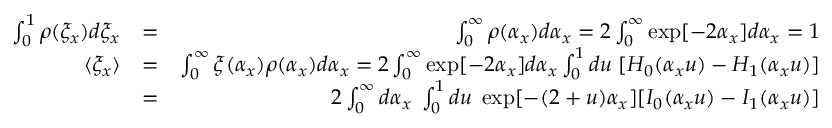
\begin{array} { r l r } { \int _ { 0 } ^ { 1 } \rho ( \xi _ { x } ) d \xi _ { x } } & { = } & { \int _ { 0 } ^ { \infty } \rho ( \alpha _ { x } ) d \alpha _ { x } = 2 \int _ { 0 } ^ { \infty } \exp [ - 2 \alpha _ { x } ] d \alpha _ { x } = 1 } \\ { \langle \xi _ { x } \rangle } & { = } & { \int _ { 0 } ^ { \infty } \xi ( \alpha _ { x } ) \rho ( \alpha _ { x } ) d \alpha _ { x } = 2 \int _ { 0 } ^ { \infty } \exp [ - 2 \alpha _ { x } ] d \alpha _ { x } \int _ { 0 } ^ { 1 } d u \; [ H _ { 0 } ( \alpha _ { x } u ) - H _ { 1 } ( \alpha _ { x } u ) ] } \\ & { = } & { 2 \int _ { 0 } ^ { \infty } d \alpha _ { x } \; \int _ { 0 } ^ { 1 } d u \; \exp [ - ( 2 + u ) \alpha _ { x } ] [ I _ { 0 } ( \alpha _ { x } u ) - I _ { 1 } ( \alpha _ { x } u ) ] } \end{array}